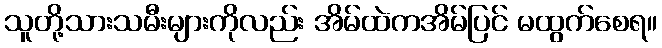
သူတို့သားသမီးများကိုလည်း အိမ်ထဲကအိမ်ပြင် မထွက်စေရ။